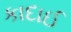
કાદાઈ